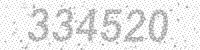
Solution: 334520